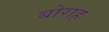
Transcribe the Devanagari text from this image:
बोराह